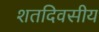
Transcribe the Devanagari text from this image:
शतदिवसीय